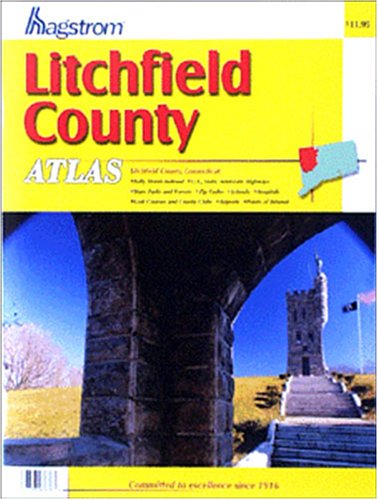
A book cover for Hagstrom Litchfield County Atlas: Connecticut; Hagstrom Map Company; Travel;